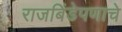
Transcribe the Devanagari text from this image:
राजबिंडेपणाचे